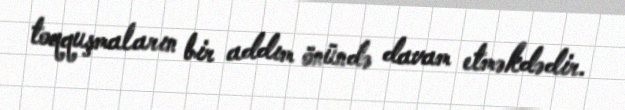
toqquşmaların bir addım önündə davam etməkdədir.